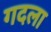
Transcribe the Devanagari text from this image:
गदला